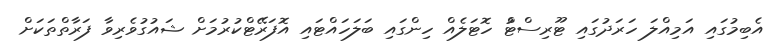
އެބިމުގައި އަމިއްލަ ހަރަދުގައި ޓޫރިސްޓުް ހޮޓަލެއް ހިންގައި ބަލަހައްޓައި އޮފަރޭޓްކުރުމަށް ޝައުގުވެރިވާ ފަރާތްތަކަށް